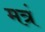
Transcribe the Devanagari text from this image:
मत्रं